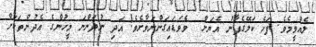
ލެއްވީމެވެ. ފަހެ ކަލޭގެފާނު އެޔަށް  ވެވަޑައިގަންނަވާށެވެ! އަދި ނުދަންނަ މީހުންގެ އެދުންތަކަށް